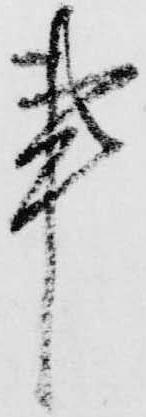
事